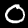
Digit: 0